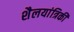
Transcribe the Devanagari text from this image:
शैलयांत्रिकी